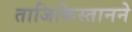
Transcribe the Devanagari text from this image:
ताजिकिस्तानने